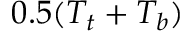
0 . 5 ( T _ { t } + T _ { b } )